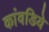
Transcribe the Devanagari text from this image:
कांवडिये